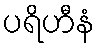
ပရိဟီနံ